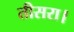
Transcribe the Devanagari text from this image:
तीसरा।